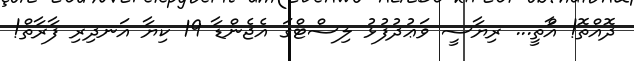
ދޮއްތޮ! އާްތީ... ރިޔާސީ ވަޢުދުފުޅު ލިސްޓްގަ އެޖެންޑާ 19 ކިޔާ އަނދިރި ފާރާތް!